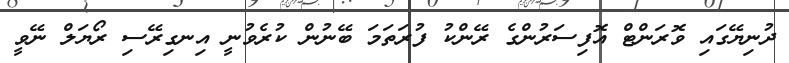
ދުނިޔޭގައި ވޮރަންޓް އޮފިސަރުންގެ ރޭންކު ފުރަތަމަ ބޭނުން ކުރެވުނީ އިނގިރޭސި ރޯޔަލް ނޭވީ